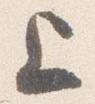
上